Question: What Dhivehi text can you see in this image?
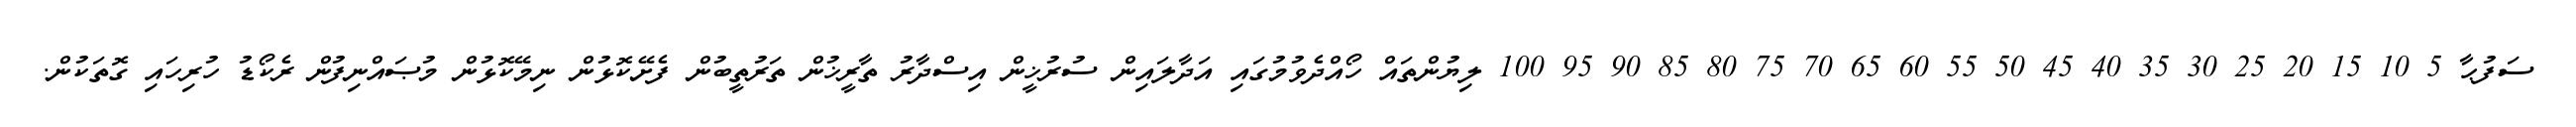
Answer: ސަފުޙާ 5 10 15 20 25 30 35 40 45 50 55 60 65 70 75 80 85 90 95 100 ލިޔުންތައް ހޯއްދެވުމުގައި އަދާލައިން ސުރުޚީން އިސްދާރު ތާރީޚުން ތަރުތީބުން ފެށޭކޮޅުން ނިމޭކޮޅުން މުޞައްނިފުން ރެކޯޑު ހުރިހައި ގޮތަކުން.